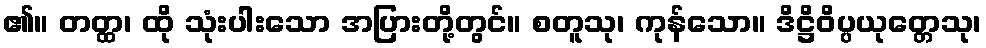
၏။ တတ္ထ၊ ထို သုံးပါးသော အပြားတို့တွင်။ စတူသု၊ ကုန်သော။ ဒိဋ္ဌိဝိပ္ပယုတ္တေသု၊